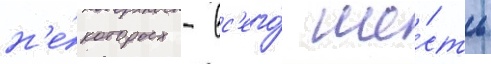
н'е́которых - вс'его́ ше́сть